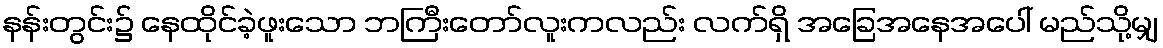
နန်းတွင်း၌ နေထိုင်ခဲ့ဖူးသော ဘကြီးတော်လူးကလည်း လက်ရှိ အခြေအနေအပေါ် မည်သို့မျှ